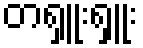
တရှူးရှူး